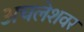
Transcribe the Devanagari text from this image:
अचलेशवर